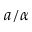
a / \alpha